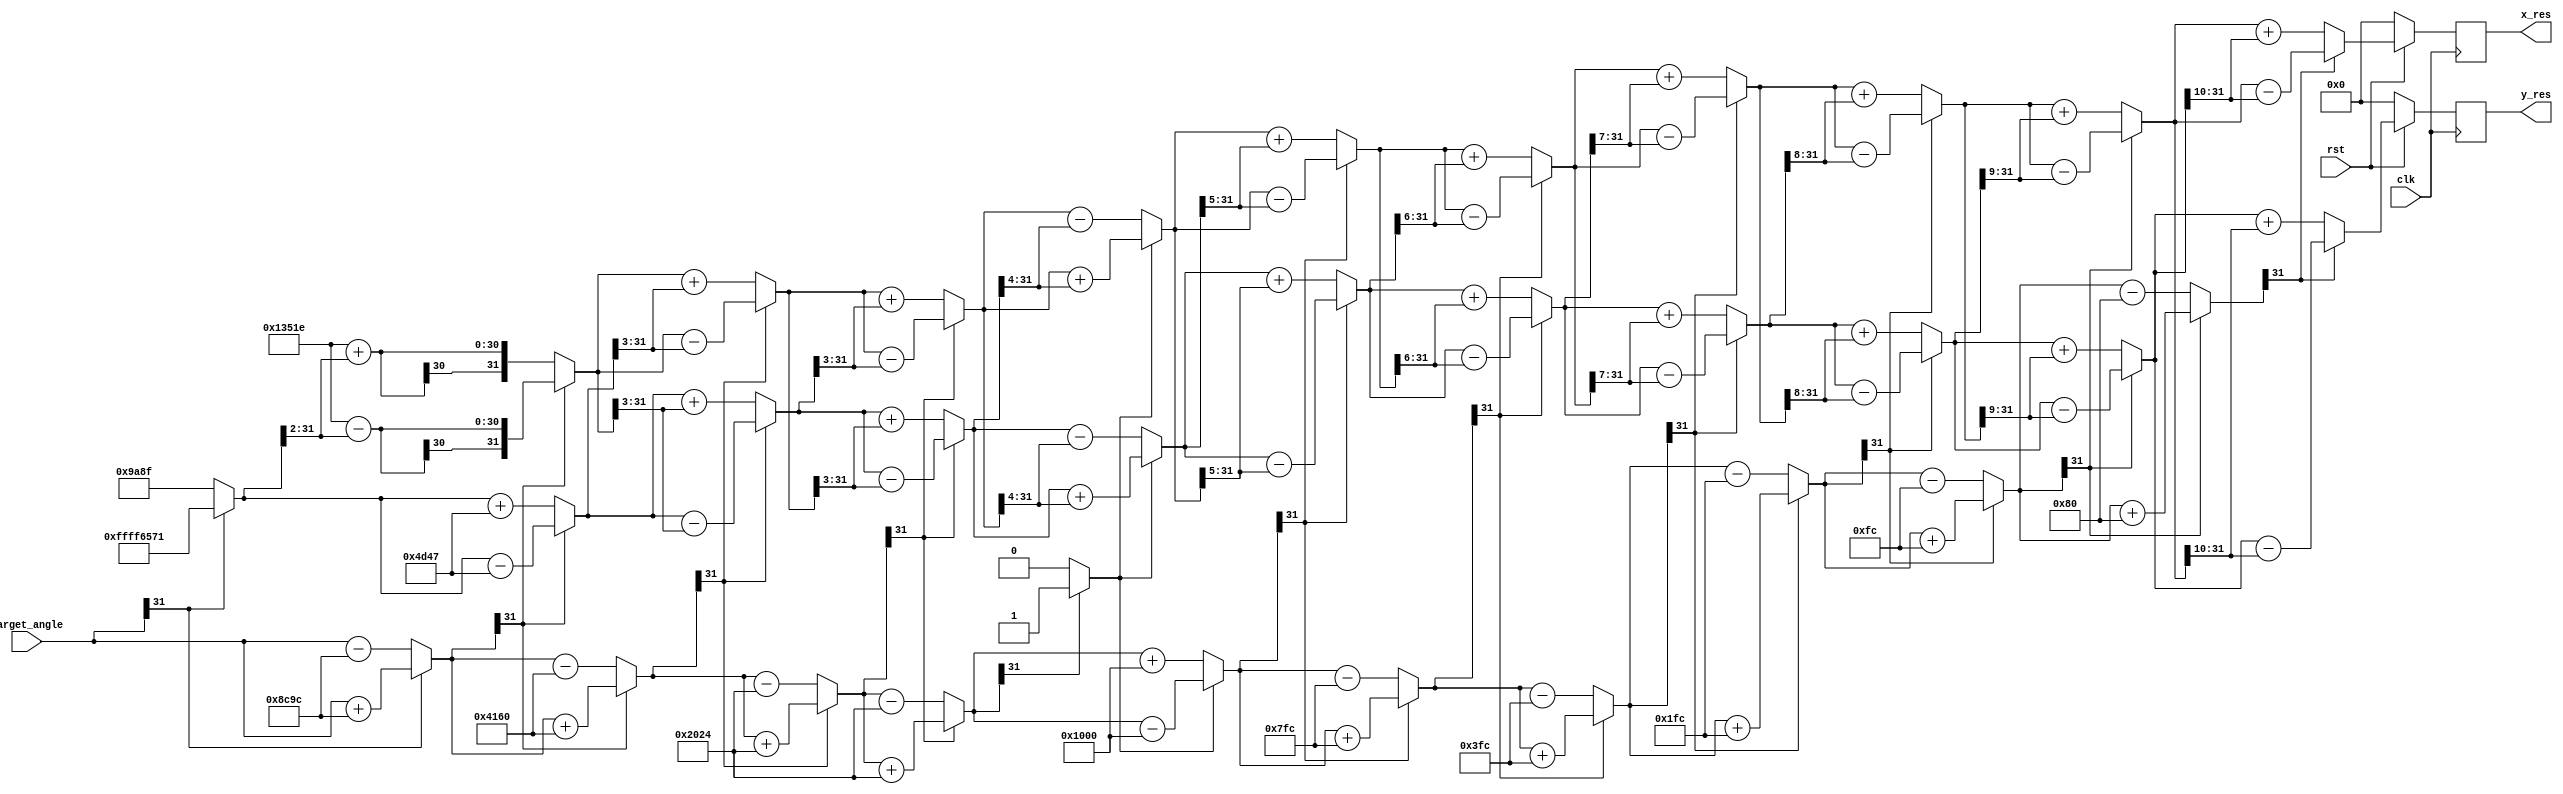
`timescale 1ns / 1ps
//////////////////////////////////////////////////////////////////////////////////
// Company: 
// Engineer: 
// 
// Design Name: 
// Module Name: cordic_sin_cos
// Project Name: 
// Target Devices: 
// Tool Versions: 
// Description: 
// 
// Dependencies: 
// 
// Revision:
// Revision 0.01 - File Created
// Additional Comments:
// 
//////////////////////////////////////////////////////////////////////////////////


module cordic_sinh_cosh(clk,rst,target_angle,x_res,y_res);

// Apparently verilog does not support two dimensional arrays as ports (system verilog does)
// However, let us see if this works for simulation

 input clk,rst;  // Input clock and reset signals
 input signed [31:0] target_angle;   // 20 bits to denote the target angle of rotation (16 bits including MSB for the integer part and 4 bits for the fractional part)
 
 
 output reg signed [31:0] x_res; // 20 bits (4 for integer part and 16 for fractional part) to store the x-coordinate of the final rotated vector
 output reg signed [31:0] y_res; // 20 bits (4 for integer part and 16 for fractional part) to store the y-coordinate of the final rotated vector
// output reg [31:0] final_rotation_angle; // dummy output register to overcome RTL error 
 
 wire signed [31:0] x_res_comb; // 20 bits (4 for integer part and 16 for fractional part) to store the x-coordinate of the final rotated vector
 wire signed [31:0] y_res_comb; // 20 bits (4 for integer part and 16 for fractional part) to store the y-coordinate of the final rotated vector
 
 reg signed [31:0] x [11:1];  // to store the x-coordinates of each step (4 bits for the integer part including MSB and 16 bits for the fractional part)
 reg signed [31:0] y [11:1];  // to store the y-coordinates of each step (4 bits for the integer part including MSB and 16 bits for the fractional part)
 
 wire signed[31:0] look_up [10:1];       // to store look up values of arc tan using 20 bits (16 bits including MSB to denote the integer part and 4 bits to denote the fractional part)
 reg  signed[31:0] z[11:1];  // Array of 20 bit registers to store the rotated angle 
 reg  d[11:1]; // Array of 1 bit registers to denote the direction of rotation. 1/0 => Anticlockwise / Clockwise rotation 

 
 
 reg signed [31:0] x4; // Used to store the x result when the 4th iteration is repeated
 reg signed [31:0] y4; // Used to store the y result when the 4th iteration is repeated
 reg signed [31:0] z4; // Used to store the z result when the 4th iteration is repeated
 reg d4;  

 // In the look up table of tanh inverse (2^-i), 16 bits are used for the integer part and 16 bits for the fractional part
 assign look_up[1] = {{16{1'b0}},{16'b1000110010011100}};   // tanh inverse(2^-1) = 0.5493
 assign look_up[2] = {{16{1'b0}},{16'b0100000101100000}};   // tanh inverse(2^-2) = 0.2554
 assign look_up[3] = {{16{1'b0}},{16'b0010000000100100}};   // tanh inverse(2^-3) = 0.1256
 assign look_up[4] = {{16{1'b0}},{16'b0001000000000000}};   // tanh inverse(2^-4) = 0.0625
 assign look_up[5] = {{16{1'b0}},{16'b0000011111111100}};   // tanh inverse(2^-5) = 0.0312
 assign look_up[6] = {{16{1'b0}},{16'b0000001111111100}};   // tanh inverse(2^-6) = 0.0156
 assign look_up[7] = {{16{1'b0}},{16'b0000000111111100}};   // tanh inverse(2^-7) = 0.0078
 assign look_up[8] = {{16{1'b0}},{16'b0000000011111100}};   // tanh inverse(2^-8) = 0.0039
 assign look_up[9] = {{16{1'b0}},{16'b0000000010000000}};   // tanh inverse(2^-9) = 0.0019
 assign look_up[10] = {{16{1'b0}},{16'b0000000001000000}};   // tanh inverse(2^-10) = 0.000976

 always@(posedge clk)
  begin
    if (rst == 0)
       begin
         x_res [31:0]     <= 20'b0;
         y_res [31:0]     <= 20'b0;  
       end 
    else 
       begin
         x_res [31:0] <= x[11][31:0];
         y_res [31:0] <= y[11][31:0];
       end
  end

 // Place them in a separate always block as they are fixed (This helps us avoid numerous RTL errors)
 always@(*)
   begin
      x[1] = 32'b00000000000000010011010100011110; // x[1] = 1.2075 (16 bits for the integer part and 16 bits for the fractional part)
      y[1] = 32'b00000000000000000000000000000000; // y[1] = 0.0000 (16 bits for the integer part and 16 bits for the fractional part)
      z[1] = target_angle; // First we always rotate by 0 degrees => Update the rotated angle accordingly
      d[1] = (z[1][31] == 0) ? 1 : 0;
   end
   
   
 always@(*)
   begin

//step 2
     x[2] = (d[1] == 1) ? (x[1] + (y[1]>>>1)) : (x[1]-(y[1]>>>1));
     y[2] = (d[1] == 1) ? (y[1] + (x[1]>>>1)) : (y[1]-(x[1]>>>1));
     z[2] = (d[1] == 1) ? (z[1] - look_up[1]) : (z[1]+look_up[1]);
     d[2] = (z[2][31] == 0) ? 1 : 0;   
     
//step 3
     x[3] = (d[2] == 1) ? (x[2] + (y[2]>>>2)) : (x[2]-(y[2]>>>2));
     y[3] = (d[2] == 1) ? (y[2] + (x[2]>>>2)) : (y[2]-(x[2]>>>2));
     z[3] = (d[2] == 1) ? (z[2] - look_up[2]) : (z[2]+look_up[2]);
     d[3] = (z[3][31] == 0) ? 1 : 0; 
     
//step 4
     x[4] = (d[3] == 1) ? (x[3] + (y[3]>>>3)) : (x[3]-(y[3]>>>3));
     y[4] = (d[3] == 1) ? (y[3] + (x[3]>>>3)) : (y[3]-(x[3]>>>3));
     z[4] = (d[3] == 1) ? (z[3] - look_up[3]) : (z[3]+look_up[3]);
     d[4] = (z[4][31] == 0) ? 1 : 0; 

// step 4_prime (Repeat of iteration 4 for convergence purposes)
     x4 = (d[4] == 1) ? (x[4] + (y[4]>>>3)) : (x[4]-(y[4]>>>3));
     y4 = (d[4] == 1) ? (y[4] + (x[4]>>>3)) : (y[4]-(x[4]>>>3));
     z4 = (d[4] == 1) ? (z[4] - look_up[3]) : (z[4]+look_up[3]);
     d4 = (z4[31] == 0) ? 0 : 1;
         
//step 5
     x[5] = (d4 == 1) ? (x4 + (y4>>>4)) : (x4-(y4>>>4));
     y[5] = (d4 == 1) ? (y4 + (x4>>>4)) : (y4-(x4>>>4));
     z[5] = (d4 == 1) ? (z4 - look_up[4]) : (z4+look_up[4]);
     d[5] = (z[5][31] == 0) ? 1 : 0; 
     
//step 6
     x[6] = (d[5] == 1) ? (x[5] + (y[5]>>>5)) : (x[5]-(y[5]>>>5));
     y[6] = (d[5] == 1) ? (y[5] + (x[5]>>>5)) : (y[5]-(x[5]>>>5));
     z[6] = (d[5] == 1) ? (z[5] - look_up[5]) : (z[5]+look_up[5]);
     d[6] = (z[6][31] == 0) ? 1 : 0; 
     
//step 7
     x[7] = (d[6] == 1) ? (x[6] + (y[6]>>>6)) : (x[6]-(y[6]>>>6));
     y[7] = (d[6] == 1) ? (y[6] + (x[6]>>>6)) : (y[6]-(x[6]>>>6));
     z[7] = (d[6] == 1) ? (z[6] - look_up[6]) : (z[6]+look_up[6]);
     d[7] = (z[7][31] == 0) ? 1 : 0; 
     
//step 8
     x[8] = (d[7] == 1) ? (x[7] + (y[7]>>>7)) : (x[7]-(y[7]>>>7));
     y[8] = (d[7] == 1) ? (y[7] + (x[7]>>>7)) : (y[7]-(x[7]>>>7));
     z[8] = (d[7] == 1) ? (z[7] - look_up[7]) : (z[7]+look_up[7]);
     d[8] = (z[8][31] == 0) ? 1 : 0; 
     
//step 9
     x[9] = (d[8] == 1) ? (x[8] + (y[8]>>>8)) : (x[8]-(y[8]>>>8));
     y[9] = (d[8] == 1) ? (y[8] + (x[8]>>>8)) : (y[8]-(x[8]>>>8));
     z[9] = (d[8] == 1) ? (z[8] - look_up[8]) : (z[8]+look_up[8]);
     d[9] = (z[9][31] == 0) ? 1 : 0; 

//step 10
     x[10] = (d[9] == 1) ? (x[9] + (y[9]>>>9)) : (x[9]-(y[9]>>>9));
     y[10] = (d[9] == 1) ? (y[9] + (x[9]>>>9)) : (y[9]-(x[9]>>>9));
     z[10] = (d[9] == 1) ? (z[9] - look_up[9]) : (z[9]+look_up[9]);
     d[10] = (z[10][31] == 0) ? 1 : 0; 

//step 11
     x[11] = (d[10] == 1) ? (x[10] + (y[10]>>>10)) : (x[10]-(y[10]>>>10));
     y[11] = (d[10] == 1) ? (y[10] + (x[10]>>>10)) : (y[10]-(x[10]>>>10));
     z[11] = (d[10] == 1) ? (z[10] - look_up[10]) : (z[10]+look_up[10]);
     d[11] = (z[11][31] == 0) ? 1 : 0; 
          
   end

endmodule